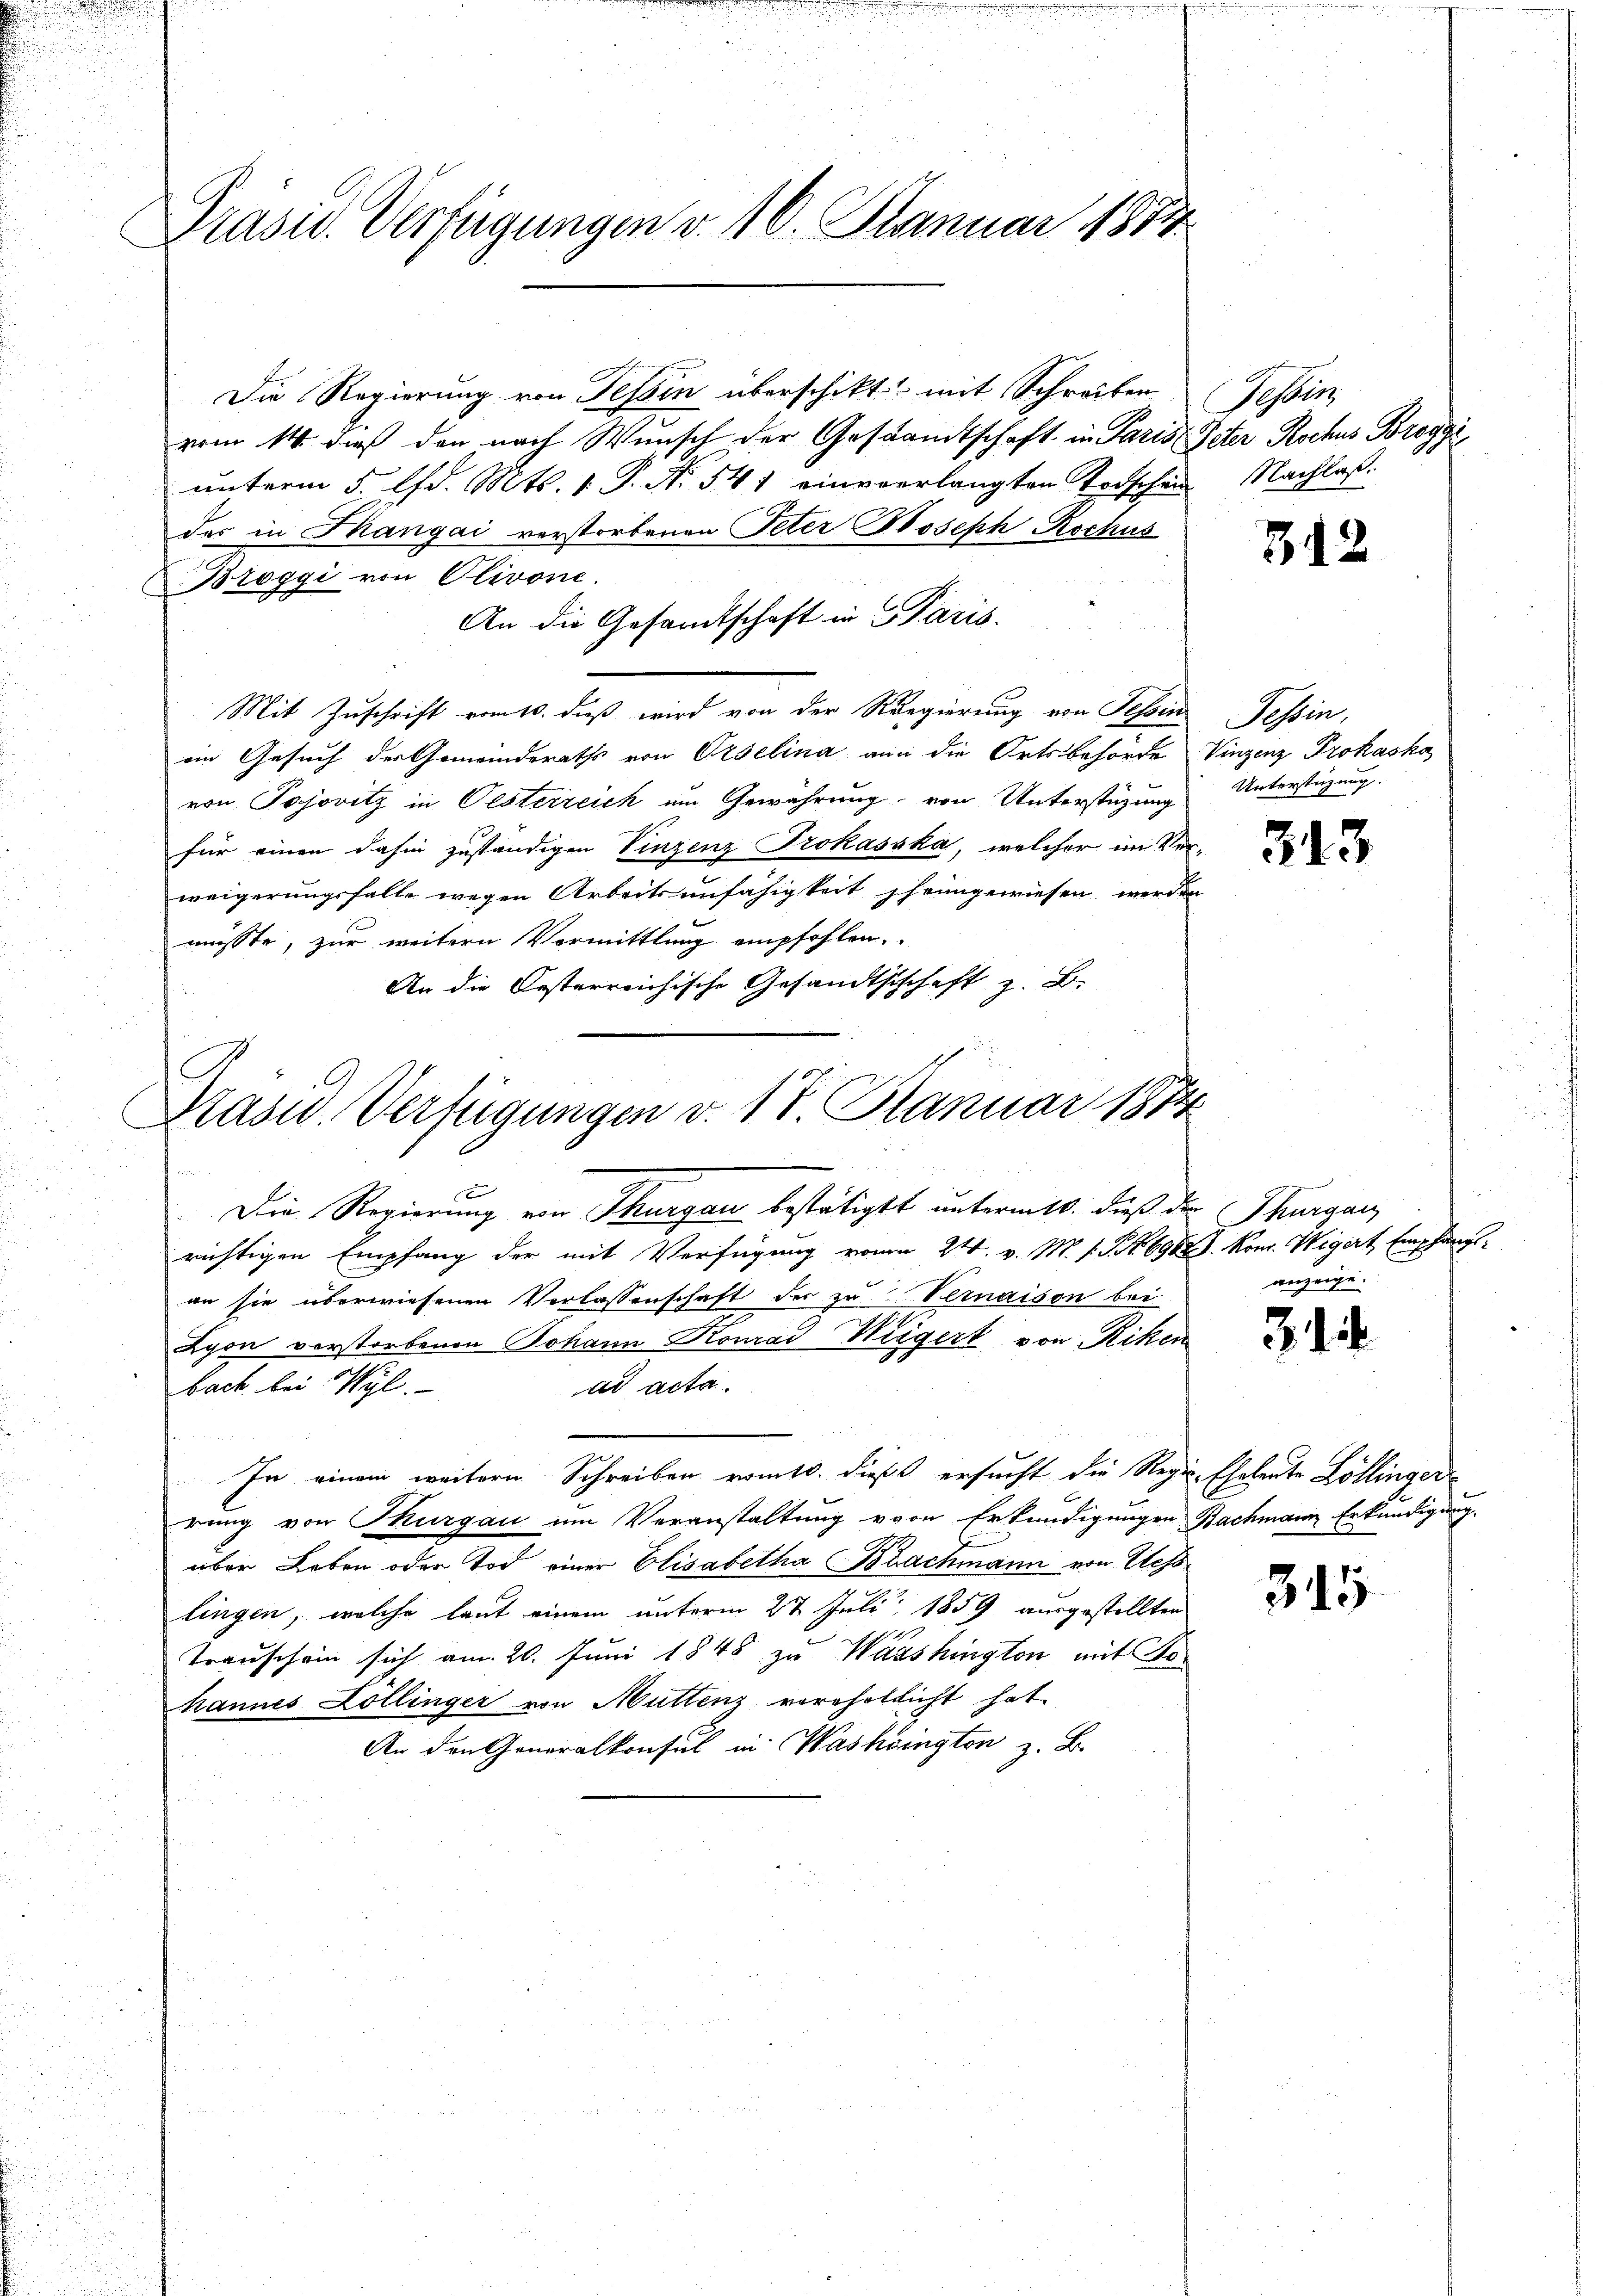
Präsid. Verfügungen v. 10. Januar 1884

Die Regierung von Tessin überschikt mit Schreiben (Tessin,
vom 14. dieß den nach Wunsch der Gestandtschaft in Paris Peter Rochus Breggi
unterm 5. lfd. Mts. 1 P. N. 541 einverlangten Todschein Nachlaßdes in Mangai verstorbenen Peter Joseph Rochus
Broggi von Olivone.
An die Gesandtschaft in Paris.
Mit Zuschrift vom 10. dieß wird von der Regierung von Tessin Tessin,
ein Gesuch der Gemeinderaths von Orselina an die Ortsbehörde Vinzenz Prohaska
von Pajovitz in Oesterreich um Gewährung von Unterstüzung
für einen dahin zuständigen Vinzenz Trokasska, welcher im Verweigerungsfalle wegen Arbeitsunfähigkeit heingewiesen werden
müsste, zur weitern Vormittlung empfohlen.
An die Oesterreichische Gesandtschchaft z. B.
Kasu. Verfügungen v. 17. Januar 1874
x
Die Regierung von Thurgau bestätigt unterm 10. dieß der Thurgau
richtigen Empfang der mit Verfügung vom 24. v. M. s. S. 6902 J. Kons. Wigert Empfan
an sie überwiesenen Verlassenschaft der zu Vernaison bei
Lyon verstorbenen Johann Konrad Weigert von Riken
bach bei Wyl.
ad acta.
In einem weitern Schreiben vom 10. dieß ersucht die Regie-Eheleute Zollinger
rung von Thurgau um Veranstaltung von Erkundigungen Nachmann Erkundigung
über Leben oder Tod einer Elisabetha Brachmann von Plesslingen, welche laut einem unterm 2t Juli 1859 ausgestellten
Transchein sich am 20. Juni 1848 zu Washington mit Johannes Collinger von Muttenz verehellicht hat
An den Generalkonsul in Washington z. B.

312

Unterstüzung.

213

anzeige.

3 i

315

tars